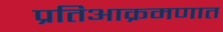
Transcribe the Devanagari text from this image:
प्रतिआक्रमणात